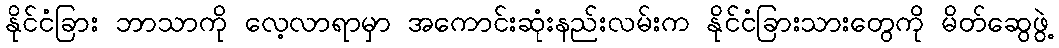
နိုင်ငံခြား ဘာသာကို လေ့လာရာမှာ အကောင်းဆုံးနည်းလမ်းက နိုင်ငံခြားသားတွေကို မိတ်ဆွေဖွဲ့